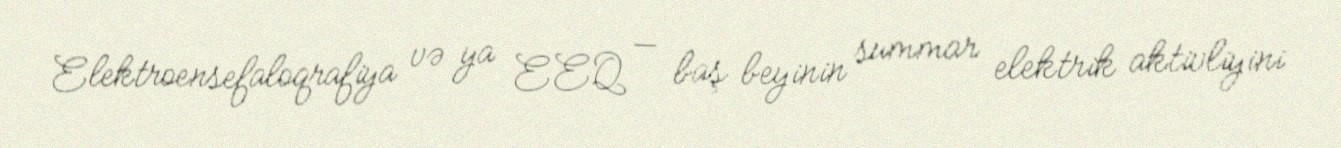
Elektroensefaloqrafiya və ya EEQ — baş beyinin summar elektrik aktivliyini